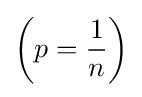
{\left(p={\frac {1}{n}}\right)}